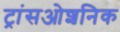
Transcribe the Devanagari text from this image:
ट्रांसओशनिक